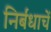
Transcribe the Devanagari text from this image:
निर्बंधाचें